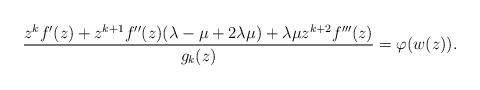
LaTeX: \begin{align*}\frac{z^kf'(z)+ z^{k+1}f''(z)(\lambda-\mu+2\lambda\mu)+\lambda\mu z^{k+2}f'''(z)}{g_k(z)}=\varphi(w(z)).\end{align*}